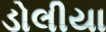
ડોલીયા